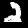
Digit: 2